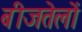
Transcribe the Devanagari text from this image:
बीजतेलों